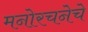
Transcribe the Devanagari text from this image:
मनोरचनेचे